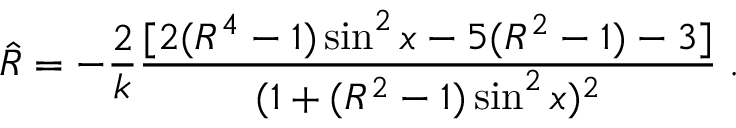
{ \hat { R } } = - { \frac { 2 } { k } } { \frac { [ 2 ( R ^ { 4 } - 1 ) \sin ^ { 2 } x - 5 ( R ^ { 2 } - 1 ) - 3 ] } { ( 1 + ( R ^ { 2 } - 1 ) \sin ^ { 2 } x ) ^ { 2 } } } \; .